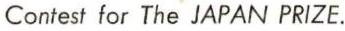
Contest for The JAPAN PRIZE.